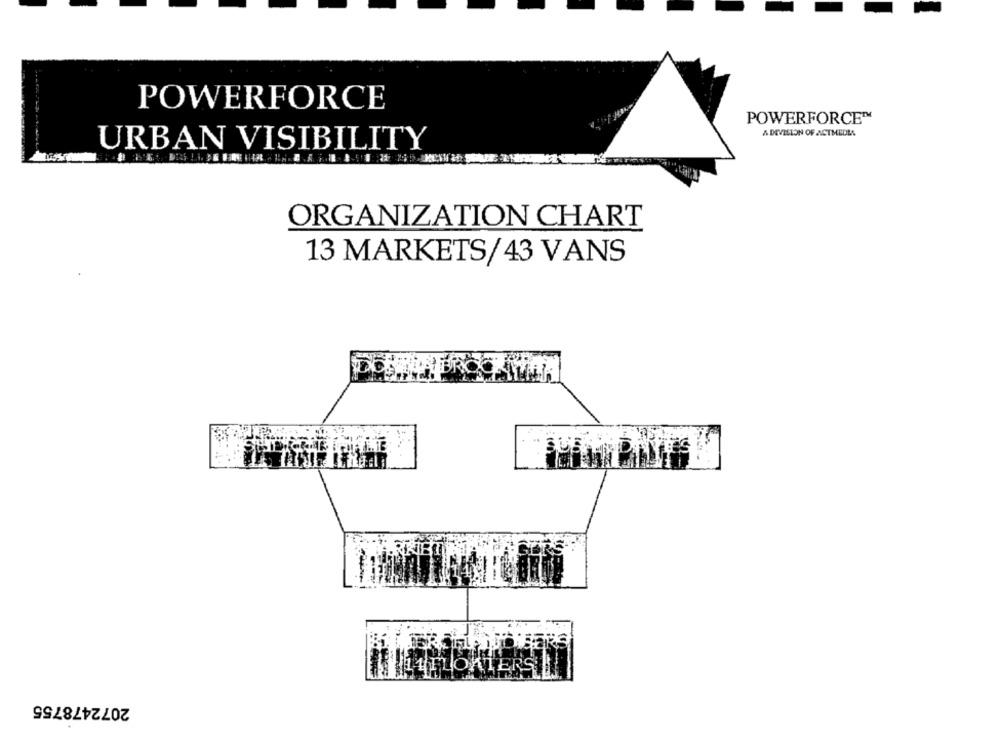
POWERFORCE
POWERFORCE™
A DEVISION OF ACTMEDLA
URBAN VISIBILITY
ORGANIZATION CHART
13 MARKETS/43 VANS
ILInoKiERS !
2072478755